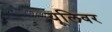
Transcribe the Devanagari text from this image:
यूलिवर